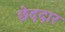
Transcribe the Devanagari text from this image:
छेददार